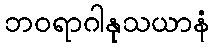
ဘဝရာဂါနုသယာနံ